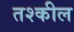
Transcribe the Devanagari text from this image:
तश्कील